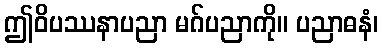
ဤဝိပဿနာပညာ မဂ်ပညာကို။ ပညာဓနံ၊